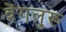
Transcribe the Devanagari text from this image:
वेंगलुरू